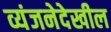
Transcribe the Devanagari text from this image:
व्यंजनेदेखील